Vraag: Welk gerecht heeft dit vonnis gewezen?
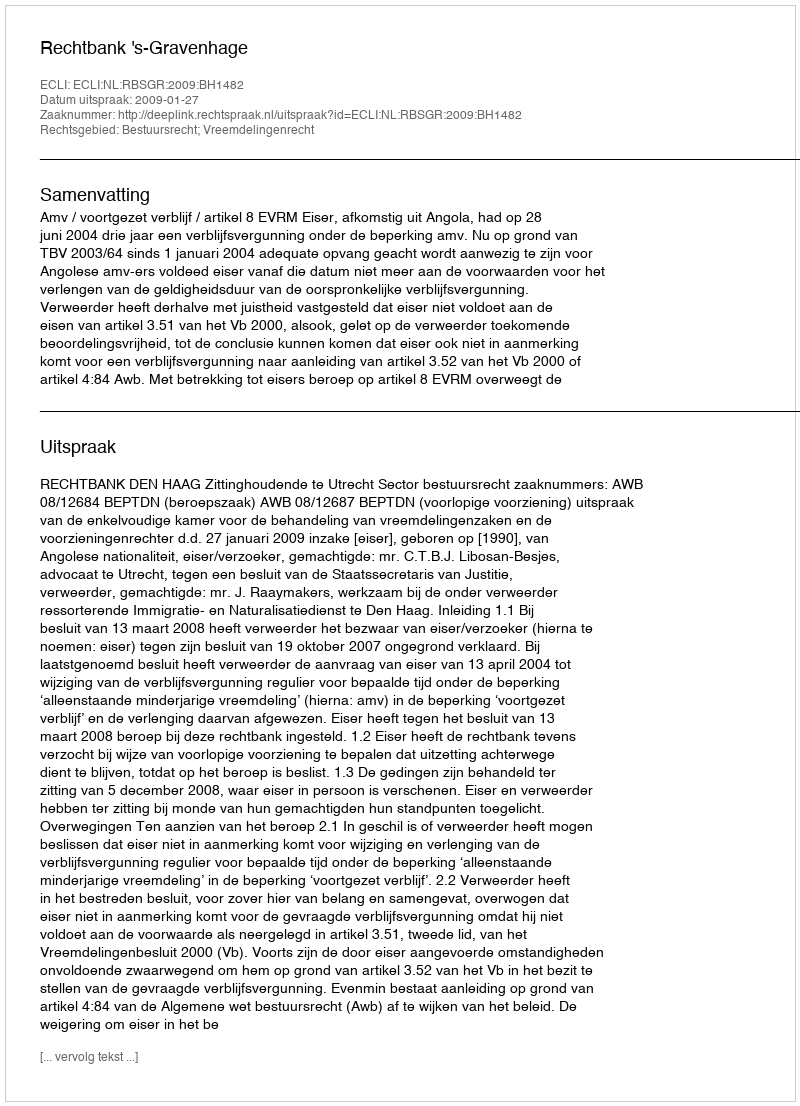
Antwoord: Rechtbank 's-Gravenhage